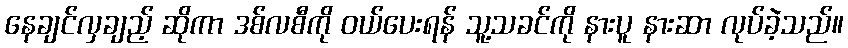
နေချင်လှချည့် ဆိုကာ ဒစ်လစီကို ဝယ်ပေးရန် သူ့သခင်ကို နားပူ နားဆာ လုပ်ခဲ့သည်။